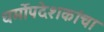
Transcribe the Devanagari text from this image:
धर्मोपदेशकांचा